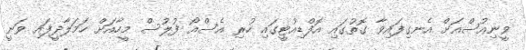
ވީނިއުސްއަށް އެނގިފައިވާ ގޮތުގައި އޮފްޑިއުޓީގައި ހުރި އެސްއޯ ފުލުސް މީހާއަށް ހަމަލާދީފައި ވަނީ